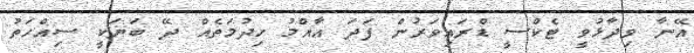
އޭނާ ވިދާޅުވީ ޓެކްސީ ޑްރައިވަރުން ފަދަ އާއްމު ހިދުމަތެއް ދޭ ބަޔަކީ ސިއްހަތު